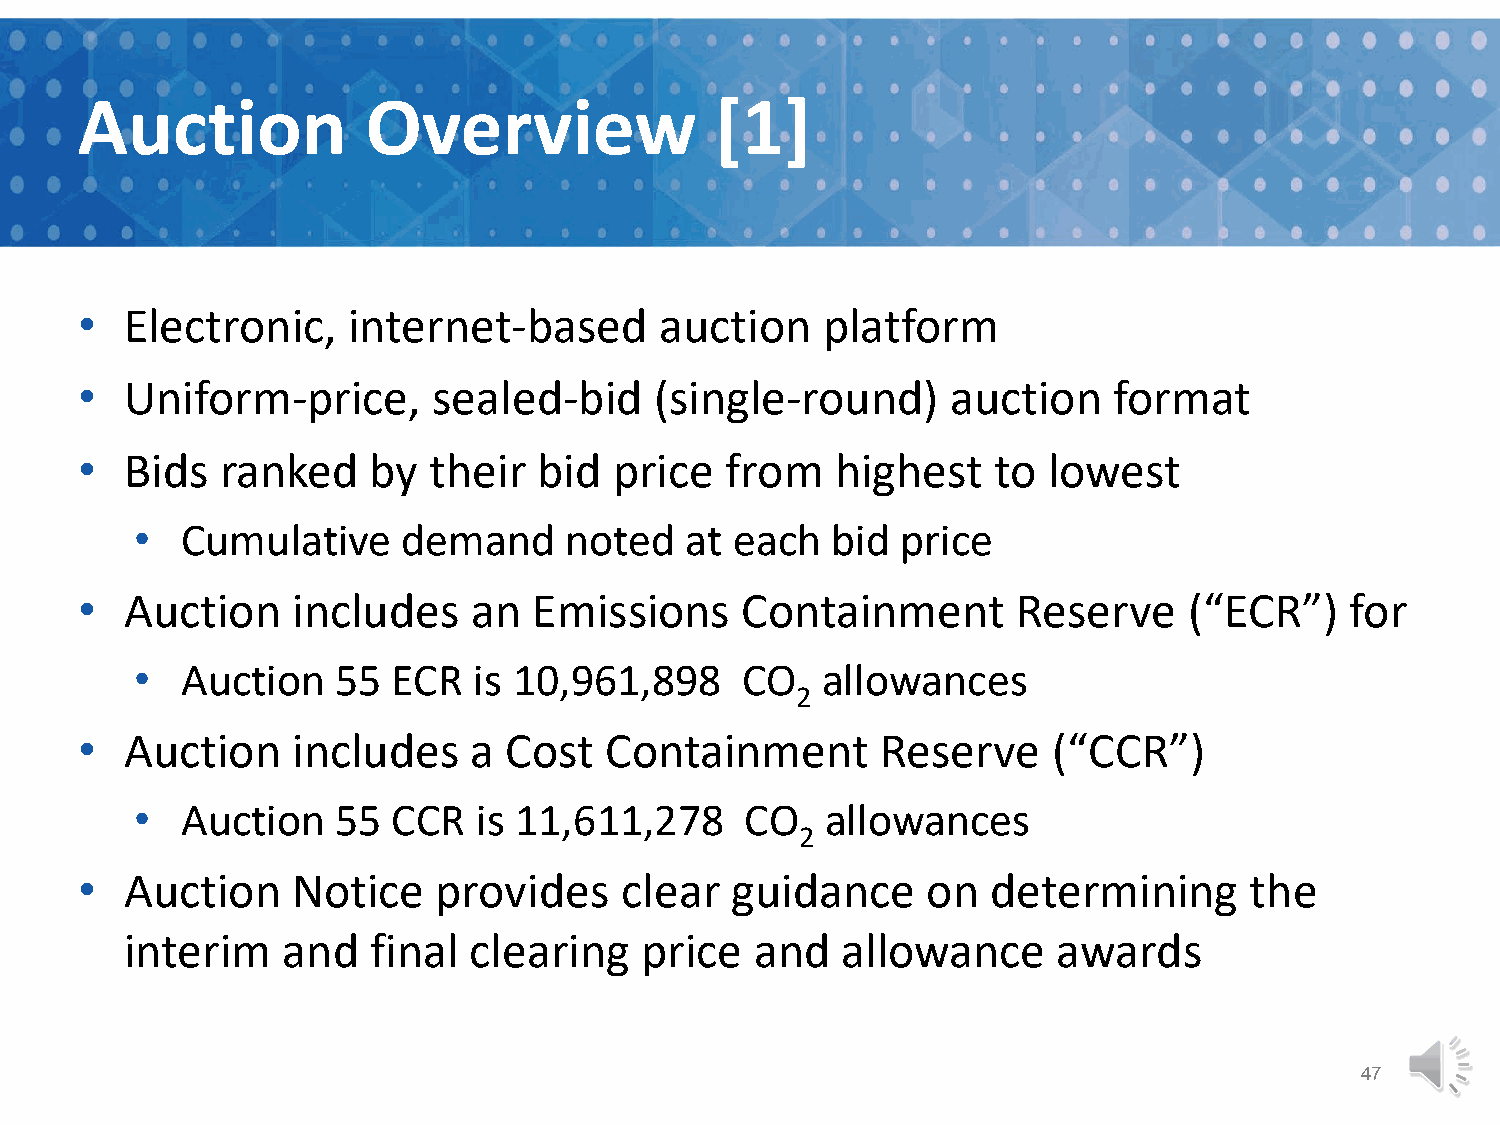
Auction            Overview               [1]
 •  Electronic,    internet-based       auction   platform
 •  Uniform-price,       sealed-bid    (single-round)      auction    format
 •  Bids   ranked   by  their   bid  price  from   highest    to lowest
 •  Cumulative     demand    noted   at  each  bid  price
 •  Auction    includes    an  Emissions     Containment       Reserve     (“ECR”)   for
 •  Auction   55  ECR  is 10,961,898     CO   allowances
 2
 •  Auction    includes    a Cost   Containment       Reserve     (“CCR”)
 •  Auction   55  CCR   is 11,611,278    CO    allowances
 2
 •  Auction    Notice    provides    clear  guidance     on   determining      the
 interim    and  final  clearing   price   and   allowance     awards
 47